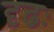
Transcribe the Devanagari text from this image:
दृढः